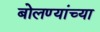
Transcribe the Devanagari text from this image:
बोलण्यांच्या